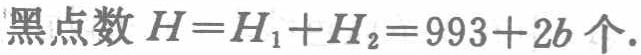
黑点数 \(H = H_1 + H_2 = 993 + 2b\) 个.